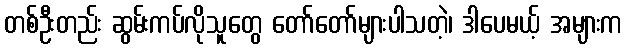
တစ်ဦးတည်း ဆွမ်းကပ်လိုသူတွေ တော်တော်များပါသတဲ့၊ ဒါပေမယ့် အများက